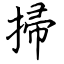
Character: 掃